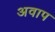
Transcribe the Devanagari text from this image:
अवाप